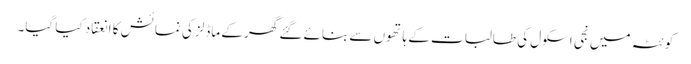
کوئٹہ میں نجی اسکول کی طالبات کے ہا تھوں سے بنائے گئے گھر کے ماڈلز کی نمائش کا انعقاد کیا گیا۔